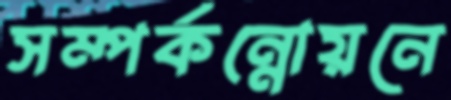
সম্পর্কন্নোয়নে